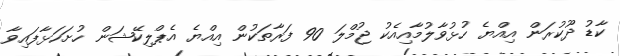
ކާޑު ދޫކުރަން އިއްޔެ ހުޅުވާލުމާއިއެކު ޖުމްލަ 90 ފަރާތަކުން އިއްޔެ އެޕްލިކޭޝަން ހުށަހަޅާފައިވާ